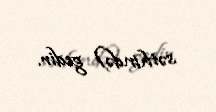
səthində) gedir.